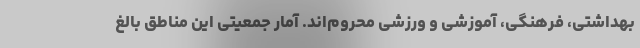
بهداشتی، فرهنگی، آموزشی و ورزشی محروم‌اند. آمار جمعیتی این مناطق بالغ